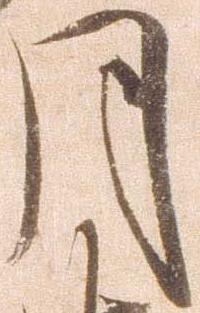
月